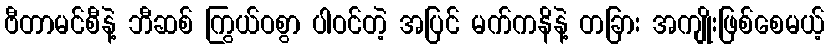
ဗီတာမင်စီနဲ့ ဘီဆစ် ကြွယ်ဝစွာ ပါဝင်တဲ့ အပြင် မက်ကနိနဲ့ တခြား အကျိုးဖြစ်စေမယ့်